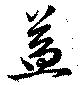
益